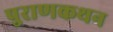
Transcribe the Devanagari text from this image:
पुराणकथन